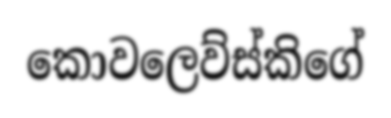
කොවලෙව්ස්කිගේ